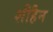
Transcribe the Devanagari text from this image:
शीहैन